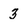
Character: 3